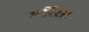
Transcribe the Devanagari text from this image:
मर्रिसा